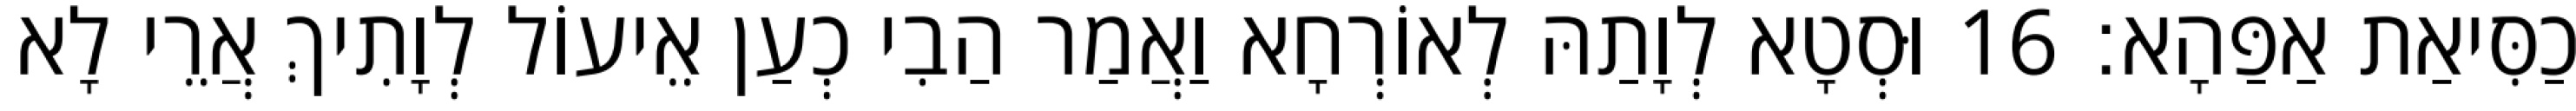
כַסִּיאַת אַפַּהָא׃ 16 וּסְטָא לְוָתַהּ לְאוֹרְחָא וַאֲמַר הַבִי כְעַן אֵיעוֹל לְוָתִיךְ אֲרֵי לָא